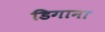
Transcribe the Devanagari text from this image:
डिगाना